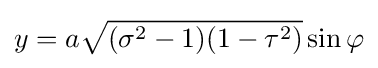
y=a{\sqrt {(\sigma ^{2}-1)(1-\tau ^{2})}}\sin \varphi